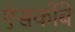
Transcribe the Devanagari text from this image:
एंसकोंबे